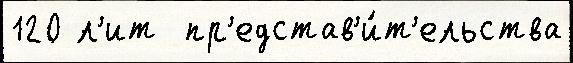
120 л'ит  пр'едстав'и́т'ельства